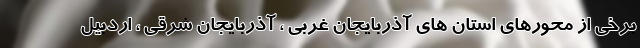
برخی از محورهای استان های آذربایجان غربی ، آذربایجان شرقی ، اردبیل